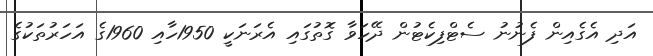
އަދި އެގެއިން ފެނުނު ސެޓްފިކެޓުން ދޭހަވާ ގޮތުގައި އެރަނަކީ 1950ހާއި 1960ގެ އަހަރުތަކުގެ